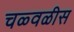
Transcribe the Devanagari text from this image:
चळ्वळीस